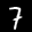
Label: 7